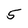
Character: 5